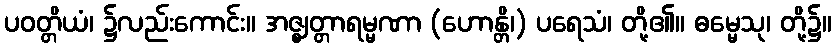
ပဝတ္တိယံ၊ ၌လည်းကောင်း။ အဇ္ဈတ္တာရမ္မဏာ (ဟောန္တိ၊) ပရေသံ၊ တို့၏။ ဓမ္မေသု၊ တို့၌။